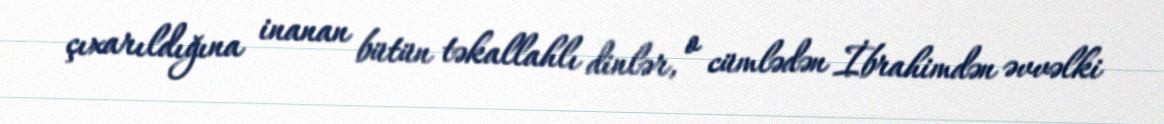
çıxarıldığına inanan bütün təkallahlı dinlər, o cümlədən İbrahimdən əvvəlki